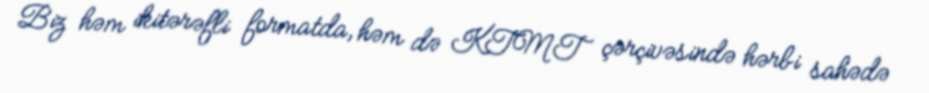
Biz həm ikitərəfli formatda, həm də KTMT çərçivəsində hərbi sahədə